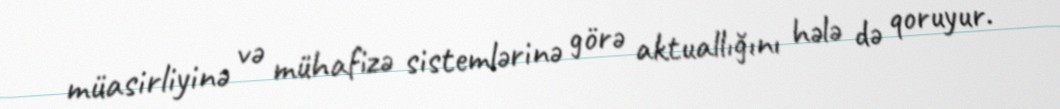
müasirliyinə və mühafizə sistemlərinə görə aktuallığını hələ də qoruyur.